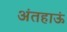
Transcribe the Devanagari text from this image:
अंतहाऊं